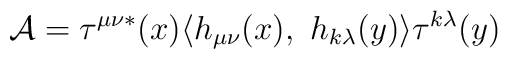
{\cal A}=\tau^{\mu\nu\ast}(x)\langle h_{\mu\nu}(x),\ h_{k\lambda}(y)\rangle \tau^{k\lambda}(y)